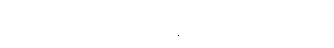
ဆွီလင်အား ဒေါသ ထွက်နေသည်ကို မေ့သွားကြပြီ။